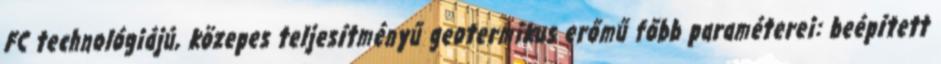
FC technológiájú, közepes teljesítményű geotermikus erőmű főbb paraméterei: beépített